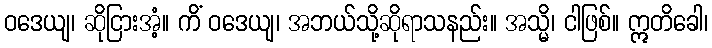
ဝဒေယျ၊ ဆိုငြားအံ့။ ကိံ ဝဒေယျ၊ အဘယ်သို့ဆိုရာသနည်း။ အသ္မိ၊ ငါဖြစ်။ ဣတိခေါ၊